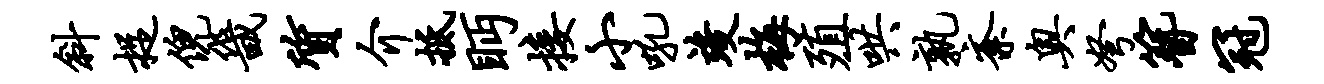
斜捉倪畿质介抵眄接小吼竣梅殖哄孰紊奥弩簪冠